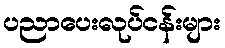
ပညာပေးလုပ်ငန်းများ